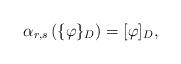
LaTeX: \begin{align*}\alpha_{r,s}\left(\{\varphi\}_{D}\right)=[\varphi]_{D},\end{align*}